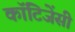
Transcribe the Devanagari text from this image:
कॉटिजेंसी